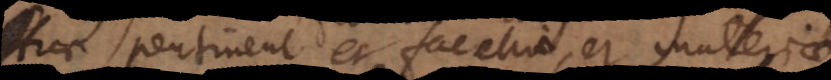
Huc pertinent et facetiae, et materiae